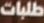
طلبات